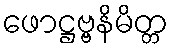
ဖောဋ္ဌဗ္ဗနိမိတ္တ